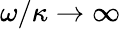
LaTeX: \omega/\kappa\rightarrow\infty